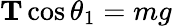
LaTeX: \mathbf{T}\cos\theta_{1}=mg